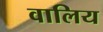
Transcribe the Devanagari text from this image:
वालिय